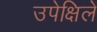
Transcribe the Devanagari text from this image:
उपेक्षिले